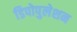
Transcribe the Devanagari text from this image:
डिपोपुलेशन